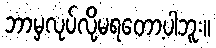
ဘာမှလုပ်လို့မရတော့ပါဘူး။